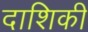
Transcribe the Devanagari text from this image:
दाशिकी